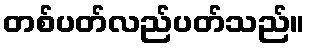
တစ်ပတ်လည်ပတ်သည်။